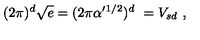
( 2 \pi ) ^ { d } \sqrt { e } = ( 2 \pi \alpha ^ { \prime } { } ^ { 1 / 2 } ) ^ { d } \ = V _ { s d } \ ,